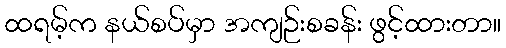
ထရမ့်က နယ်စပ်မှာ အကျဉ်းစခန်း ဖွင့်ထားတာ။